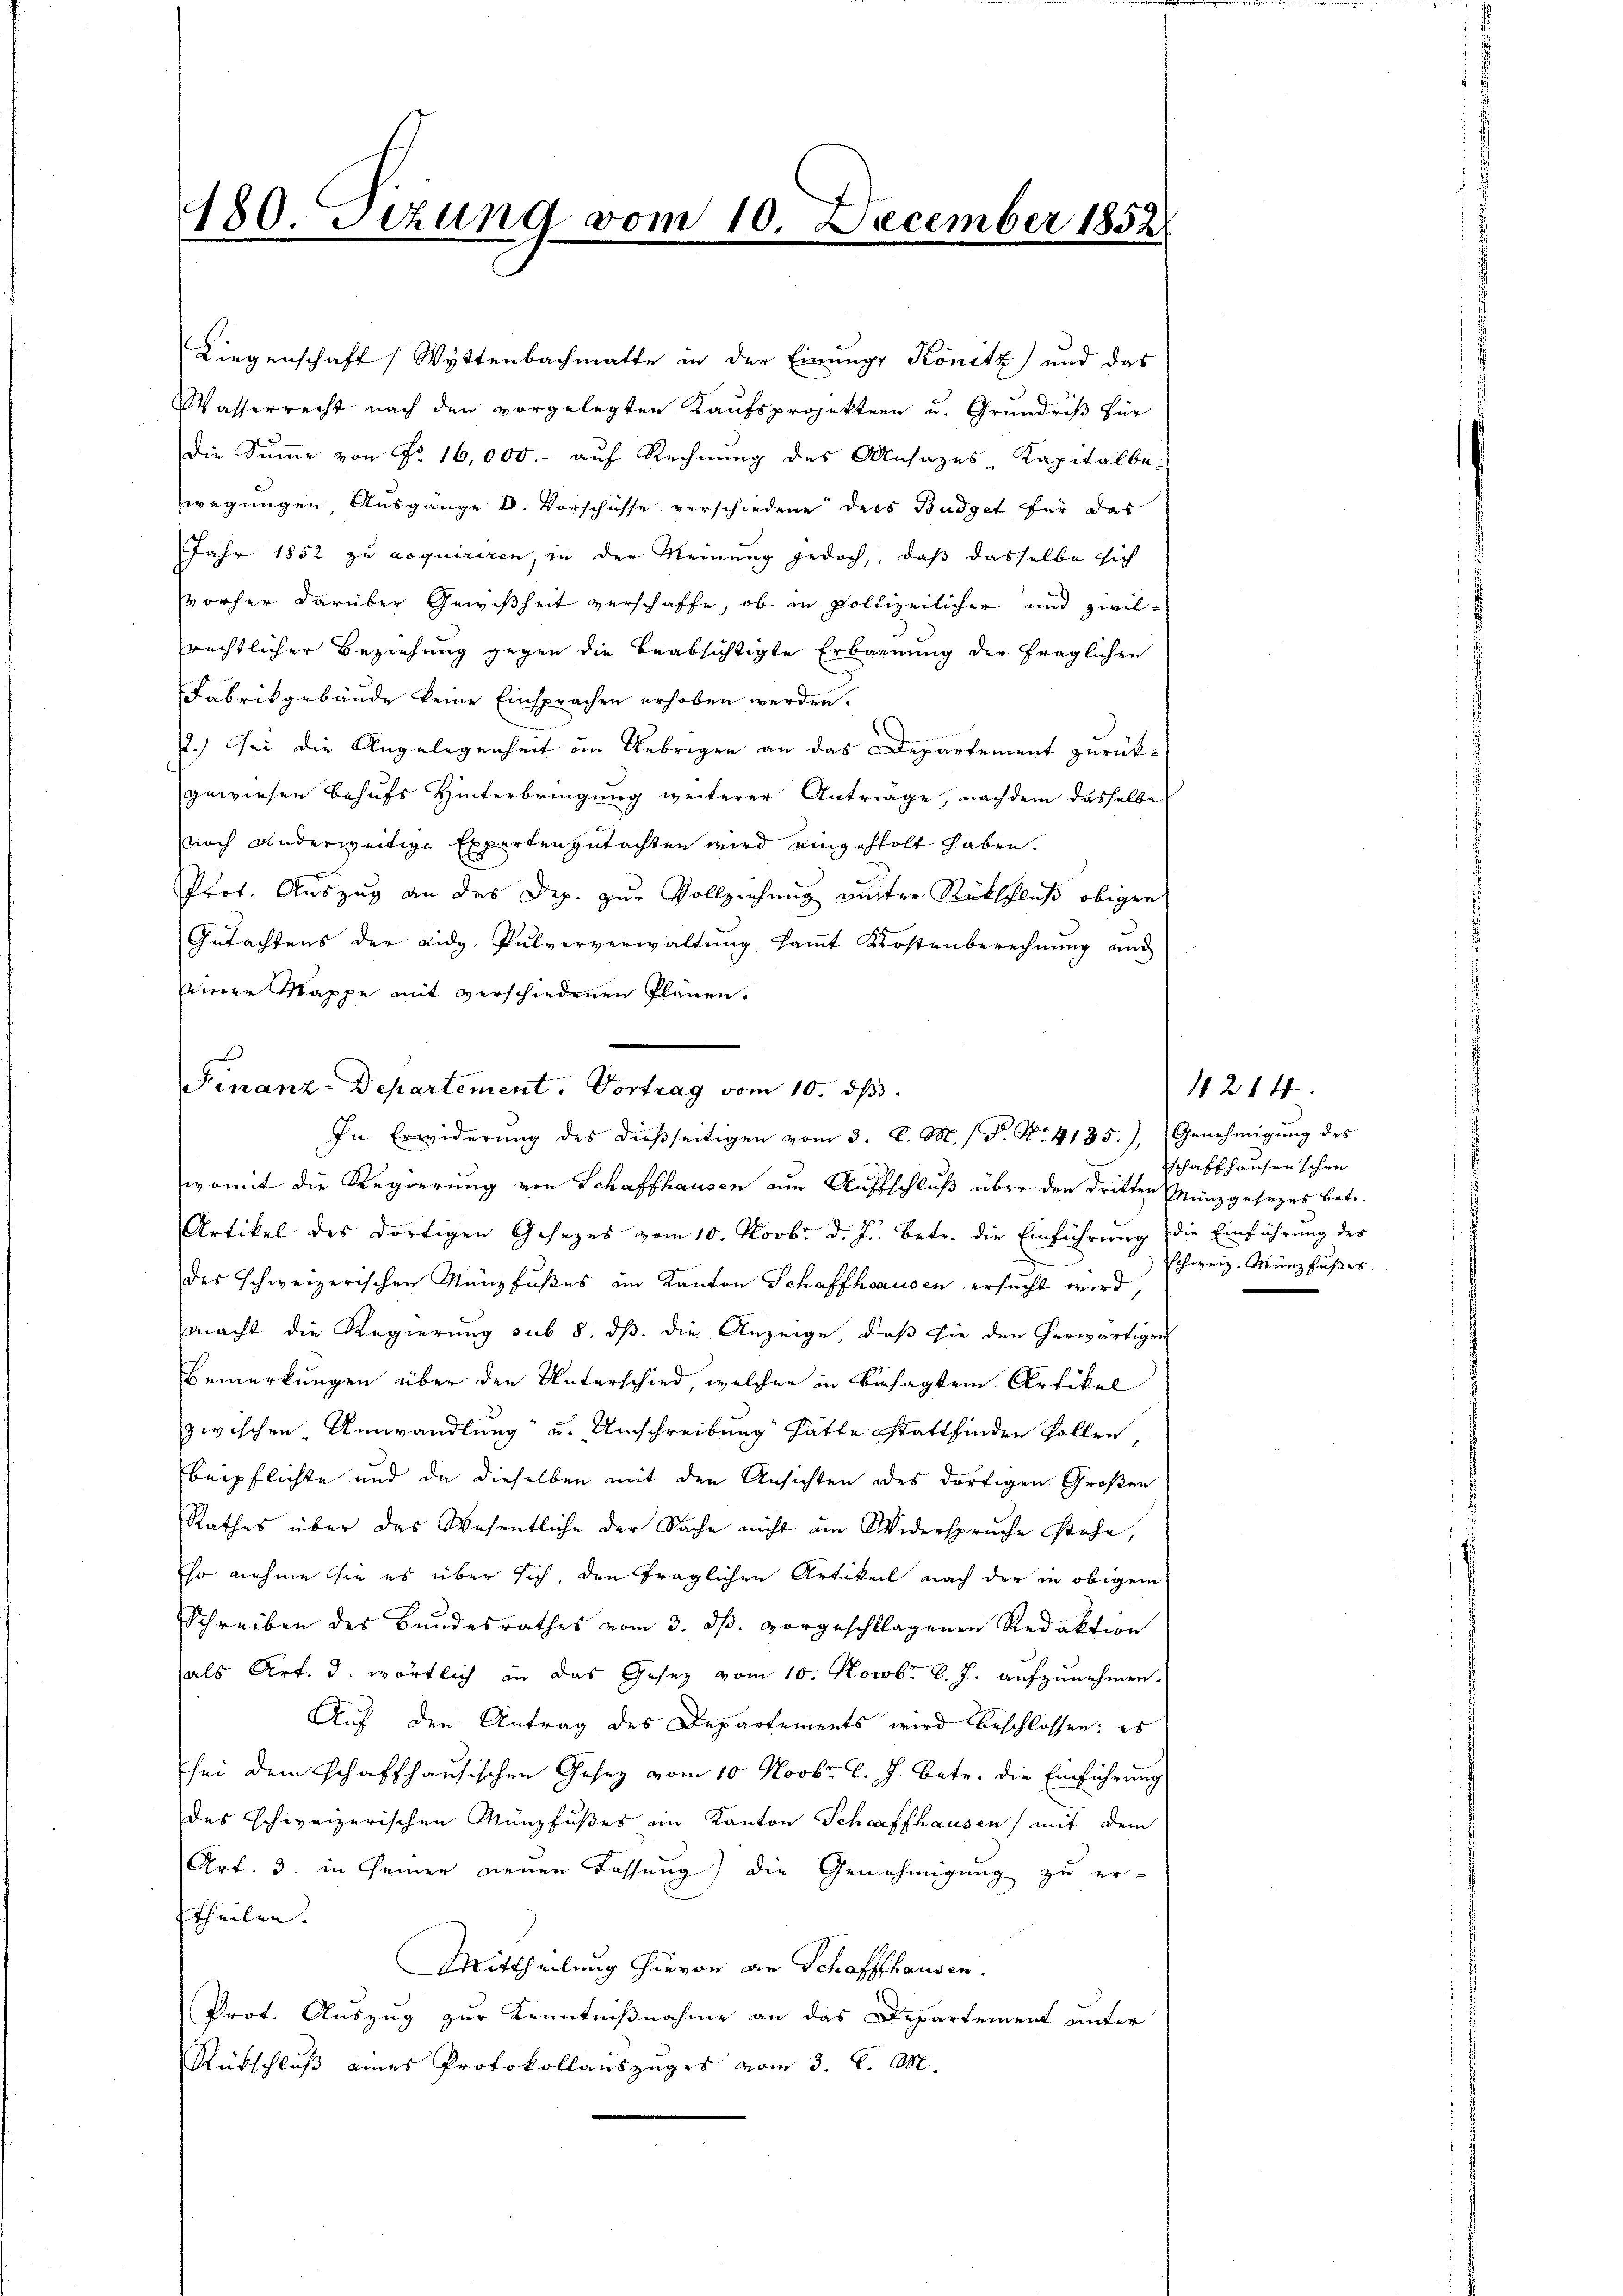
180. Sizung vom 10. December 1852

Liegenschaft (Wyttenbachmatte in der Einungs Konitz und das
Wasserrecht nach den vorgelegten Kaufsprojekten u. Grundriß für
Die Summe von Fr. 16,000.- auf Rechnung des Ansazes Kapitalbe-
wegungen, Ausgänge D. Vorschüsse verschiedene ders Budget für das
Jahr 1852 zu acquiriren, in der Meinung jedoch, daß dasselbe sich
vorher darüber Gewißheit verschaffe, ob in polizeilicher und zivilrechtlicher Beziehung gegen die beabsichtigte Erbauung der fraglichen
Fabrikgebäude keine Einsprachen erhoben werden.
¬
.) Sei die Angelegenheit im Uebrigen an das Departement zurückgewiesen behufs Hinterbringung weiterer Anträge, nachdem dasselbe
noch anderweitige Experten gutachten wird eingeholt haben.
Prof. Auszug an das Dep. zur Vollziehung unter Rückschluß obigen
Gutachtens der Eidg. Pulververwaltŭng saṁt Kostenberechnŭng und
Diner Mappe mit verschiedenen Plänen.
womit die Regierung von Schaffhausen am Aufschluß über den dritten Münzgesezes betr.
Artikel des dortigen Gesezes vom 10. Novbr. d. Js. betr. die Einführŭng die Einführung des
des schweizerischen Münzfußes im Kanton Schaffhausen ersucht wird,
macht die Regierung sub 8. dß. die Anzeige, daß sie den herwärtigen
Bemerkungen über den Unterschied, welcher in besagten Artikel
zwischen Umwandlung“ u. Umschreibung hätte Stattfinden sollen,
beipflichte und da dieselben mit den Ansichten des dortigen Großen
Rathes über das Wesentliche der Sache nicht im Widerspruche stehe,
so nehme sie es über sich, den fraglichen Artikeit nach der in obigem
Schreiben des Bundesrathes vom 3. dβ. vorgeschlagenen Redaktion
als Art. 3. wörtlich an das Gesetz vom 10. Novbr. v. J. aufzunehmen.
Auf den Antrag des Departements wird beschlossen: es
sei dem schaffhausischen Gesez vom 10. Novbr. l. J. betr. die Einführung
des schweizerischen Münzfußes im Kanton Schaffhausen) mit dem
Art. 3. in seiner neuen Fassung) die Genehmigung zu erttheilen.
Mittheilung hievon an Schaffhausen.
Prot. Auszug zur Kenntnißnahme an das Departement unter
Rütschluß eines Protokollauszuges vom 3. d. M.

Finanz-Departement. Vortrag vom 10. ds.
In Erwiderŭng des dieβseitigen vom 3. C. M. / P. Nr. 4135.) Genehmigŭng des

schaffhausen schon
schweiz. Münzfußes.

4214.